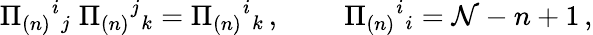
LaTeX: \Pi_{(n)}{}^{i}{}_{j}\; \Pi_{(n)}{}^{j}{}_{k}=\Pi_{(n)}{}^{i}{}_{k}\, ,\; \; \; \; \; \; \; \; \Pi_{(n)}{}^{i}{}_{i}=\mathcal{N}-n+1\, ,